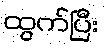
ထွက်ပြီး